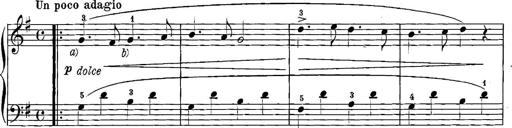
Title: 12 Sonatinas
Composer: Ignaz Pleyel